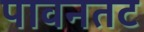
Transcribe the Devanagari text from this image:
पावनतट